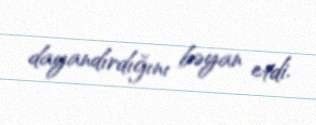
dayandırdığını bəyan etdi.